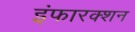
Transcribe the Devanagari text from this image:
इंफारक्शन